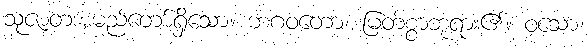
သုဇာတအမည်တော်ရှိသော။ ဘဂဝတော၊ မြတ်စွာဘုရား၏။ ဝံသော၊